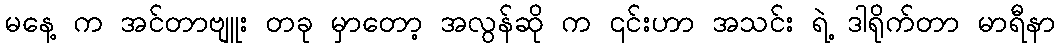
မနေ့ က အင်တာဗျူး တခု မှာတော့ အလွန်ဆို က ၎င်းဟာ အသင်း ရဲ့ ဒါရိုက်တာ မာရီနာ